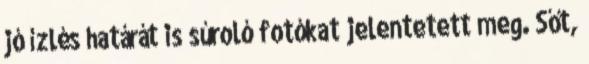
jó ízlés határát is súroló fotókat jelentetett meg. Sőt,